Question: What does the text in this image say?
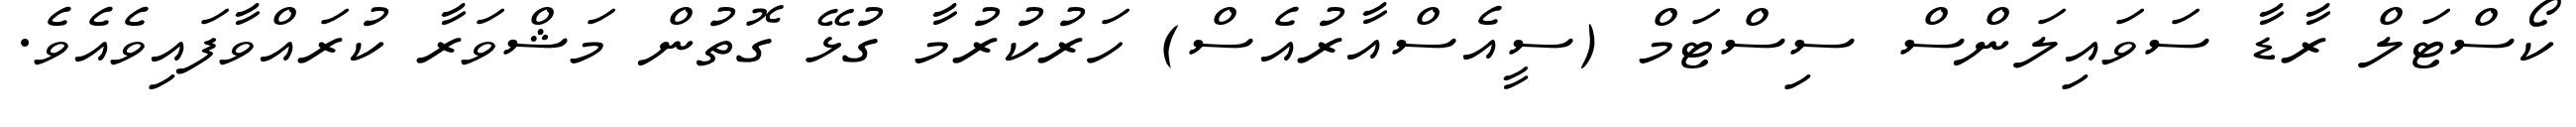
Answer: ކޯސްޓަލް ރާޑާ ސަވައިލަންސް ސިސްޓަމް (ސީއެސްއާރުއެސް) ހަރުކުރުމާ ގުޅޭ ގޮތުން މަޝްވަރާ ކުރައްވާފައިވެއެވެ.